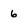
Character: 6